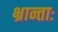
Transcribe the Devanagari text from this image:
भ्रान्ताः